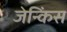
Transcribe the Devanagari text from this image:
जेन्किंस